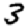
Digit: 3